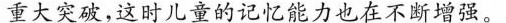
重大突破，这时儿童的记忆能力也在不断增强。